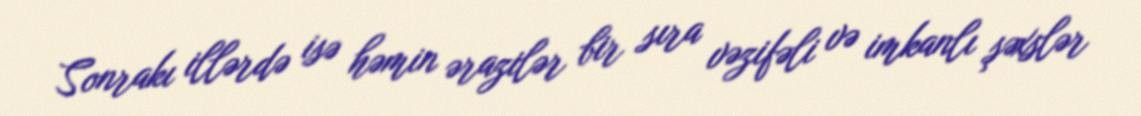
Sonrakı illərdə isə həmin ərazilər bir sıra vəzifəli və imkanlı şəxslər